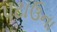
પટાઉના